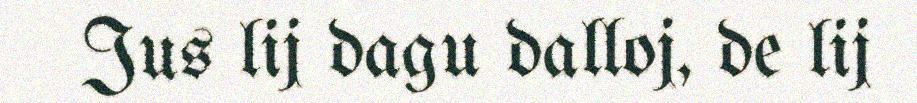
Jus lij dagu dalloj, de lij